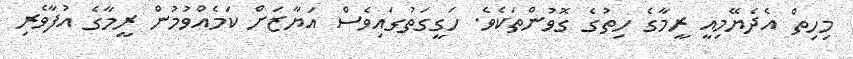
މިހިތް އެދެޔޭމިއީ ރީމާގެ ހިތުގެ ގޮވުންތަކެވެ. ހަގީގަތުގައިވެސް އަޔާޒަށް ކަމެއްވުމުން ރީމާގެ އުފާވެރި